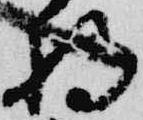
将